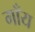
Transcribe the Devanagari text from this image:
गाँय